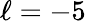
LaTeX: \ell=-5